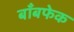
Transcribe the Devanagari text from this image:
बाँबफेक